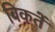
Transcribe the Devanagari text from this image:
बिकतें